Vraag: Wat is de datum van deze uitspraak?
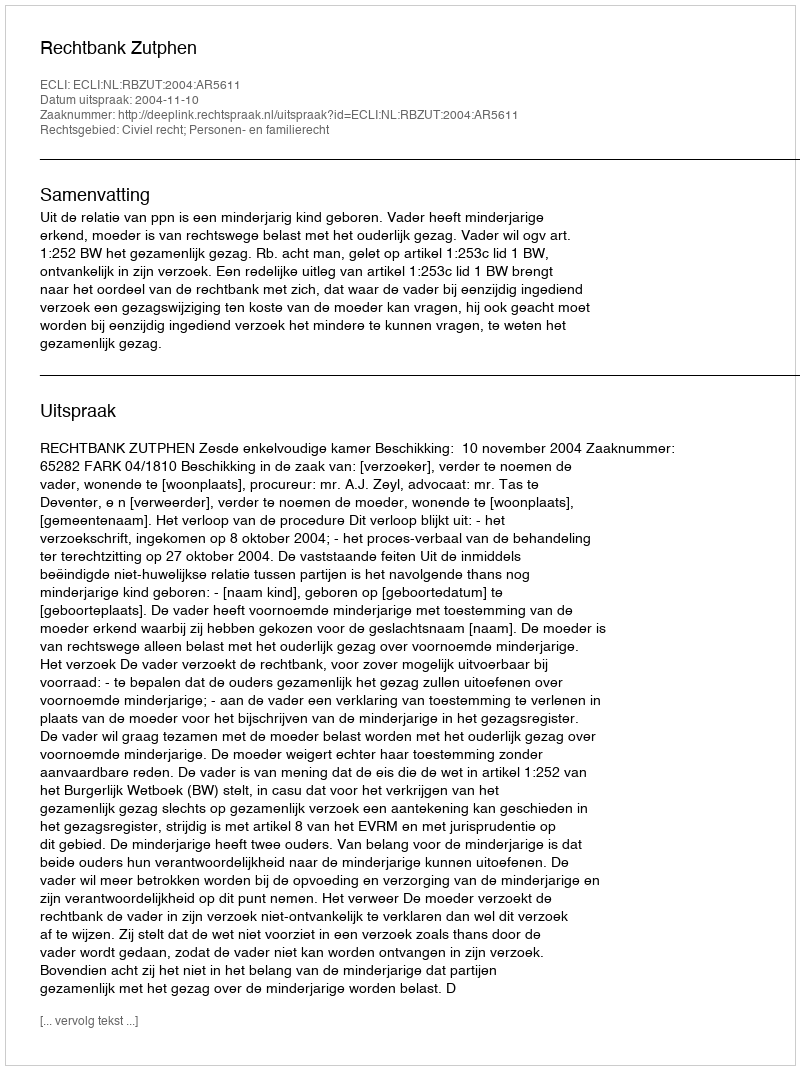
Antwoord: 2004-11-10